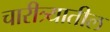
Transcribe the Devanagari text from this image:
चारीत्र्यातील